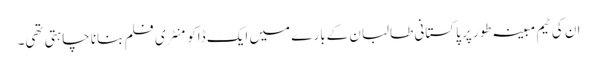
ان کی ٹیم مبینہ طور پر پاکستانی طالبان کےبارے میں ایک ڈاکومنٹری فلم بنانا چاہتی تھی۔